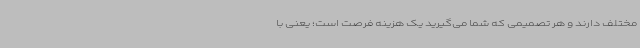
مختلف دارند و هر تصمیمی که شما می‌گیرید یک هزینه فرصت است؛ یعنی با